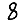
Digit: 8